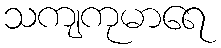
သကျကုမာရေ